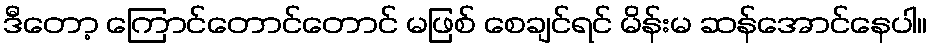
ဒီတော့ ကြောင်တောင်တောင် မဖြစ် စေချင်ရင် မိန်းမ ဆန်အောင်နေပါ။